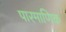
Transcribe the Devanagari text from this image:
पारमाणिक